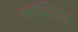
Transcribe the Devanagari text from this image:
ग़ॉब्लिन